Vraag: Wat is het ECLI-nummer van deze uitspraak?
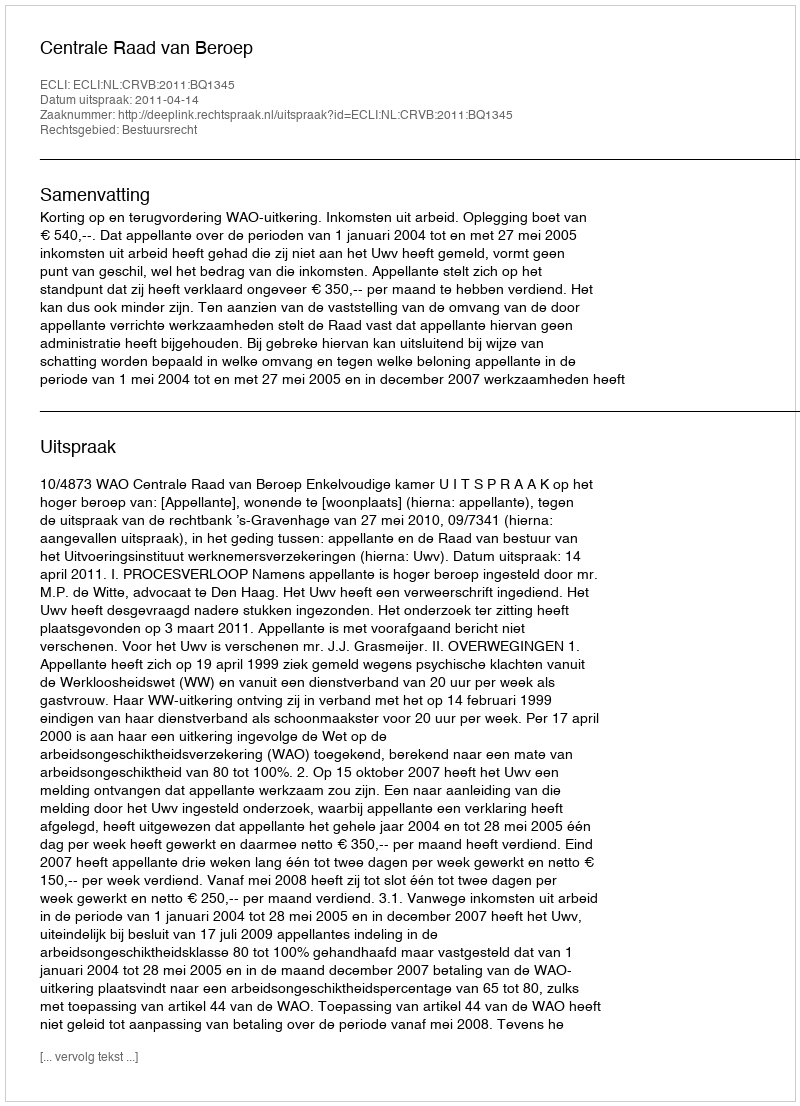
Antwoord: ECLI:NL:CRVB:2011:BQ1345